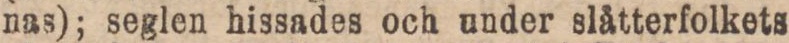
nas); seglen hissades och under slåtterfolkets